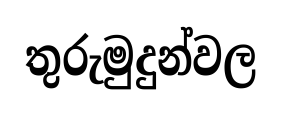
තුරුමුදුන්වල